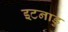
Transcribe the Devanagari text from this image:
इटनाडु